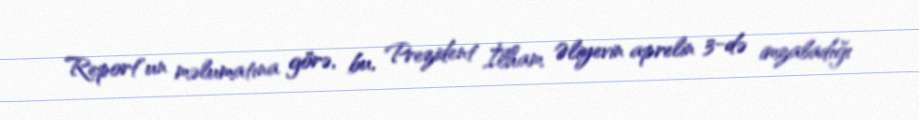
Report"un məlumatına görə, bu, Prezident İlham Əliyevin aprelin 3-də imzaladığı